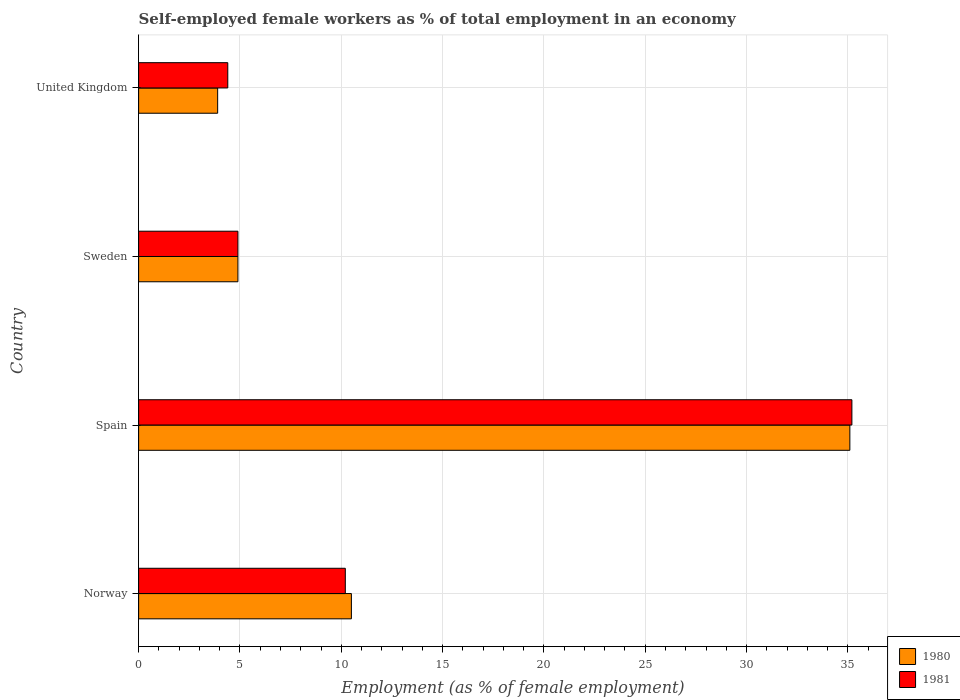
| Country | 1980 | 1981 |
 | --- | --- | --- |
 | Norway | 10.5 | 10.2 |
 | Spain | 35.1 | 35.2 |
 | Sweden | 4.9 | 4.9 |
 | United Kingdom | 3.9 | 4.4 |